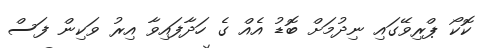
ކޮކޯ ޕްރިވޭގައި ނިދުމަށް ބޮޑު އެއް ގެ ހަދާފައިވާ އިރު ވަކިން ފަސް